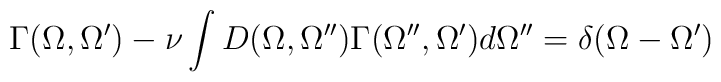
\Gamma (\Omega , \Omega^{\prime}) - \nu \int D(\Omega , \Omega^{\prime\prime})\Gamma (\Omega^{\prime\prime} , \Omega^{\prime}) d\Omega^{\prime\prime}  =\delta (\Omega -\Omega^{\prime})